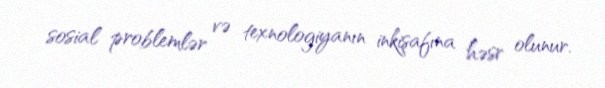
sosial problemlər və texnologiyanın inkişafına həsr olunur.